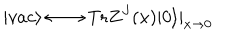
| v a c \rangle \longleftrightarrow \mathrm { T r } Z ^ { J } ( x ) | 0 \rangle | _ { x \to 0 }